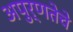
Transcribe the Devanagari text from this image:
अपुर्णतेचे